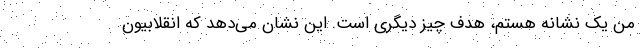
من یک نشانه هستم، هدف چیز دیگری است. این نشان می‌دهد که انقلابیون